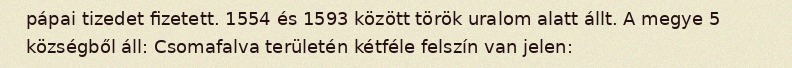
pápai tizedet fizetett. 1554 és 1593 között török uralom alatt állt. A megye 5 községből áll: Csomafalva területén kétféle felszín van jelen: